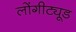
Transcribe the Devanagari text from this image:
लोंगीट्यूड